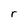
Character: r